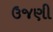
ઉજણી